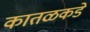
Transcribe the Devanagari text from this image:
कातळकडे